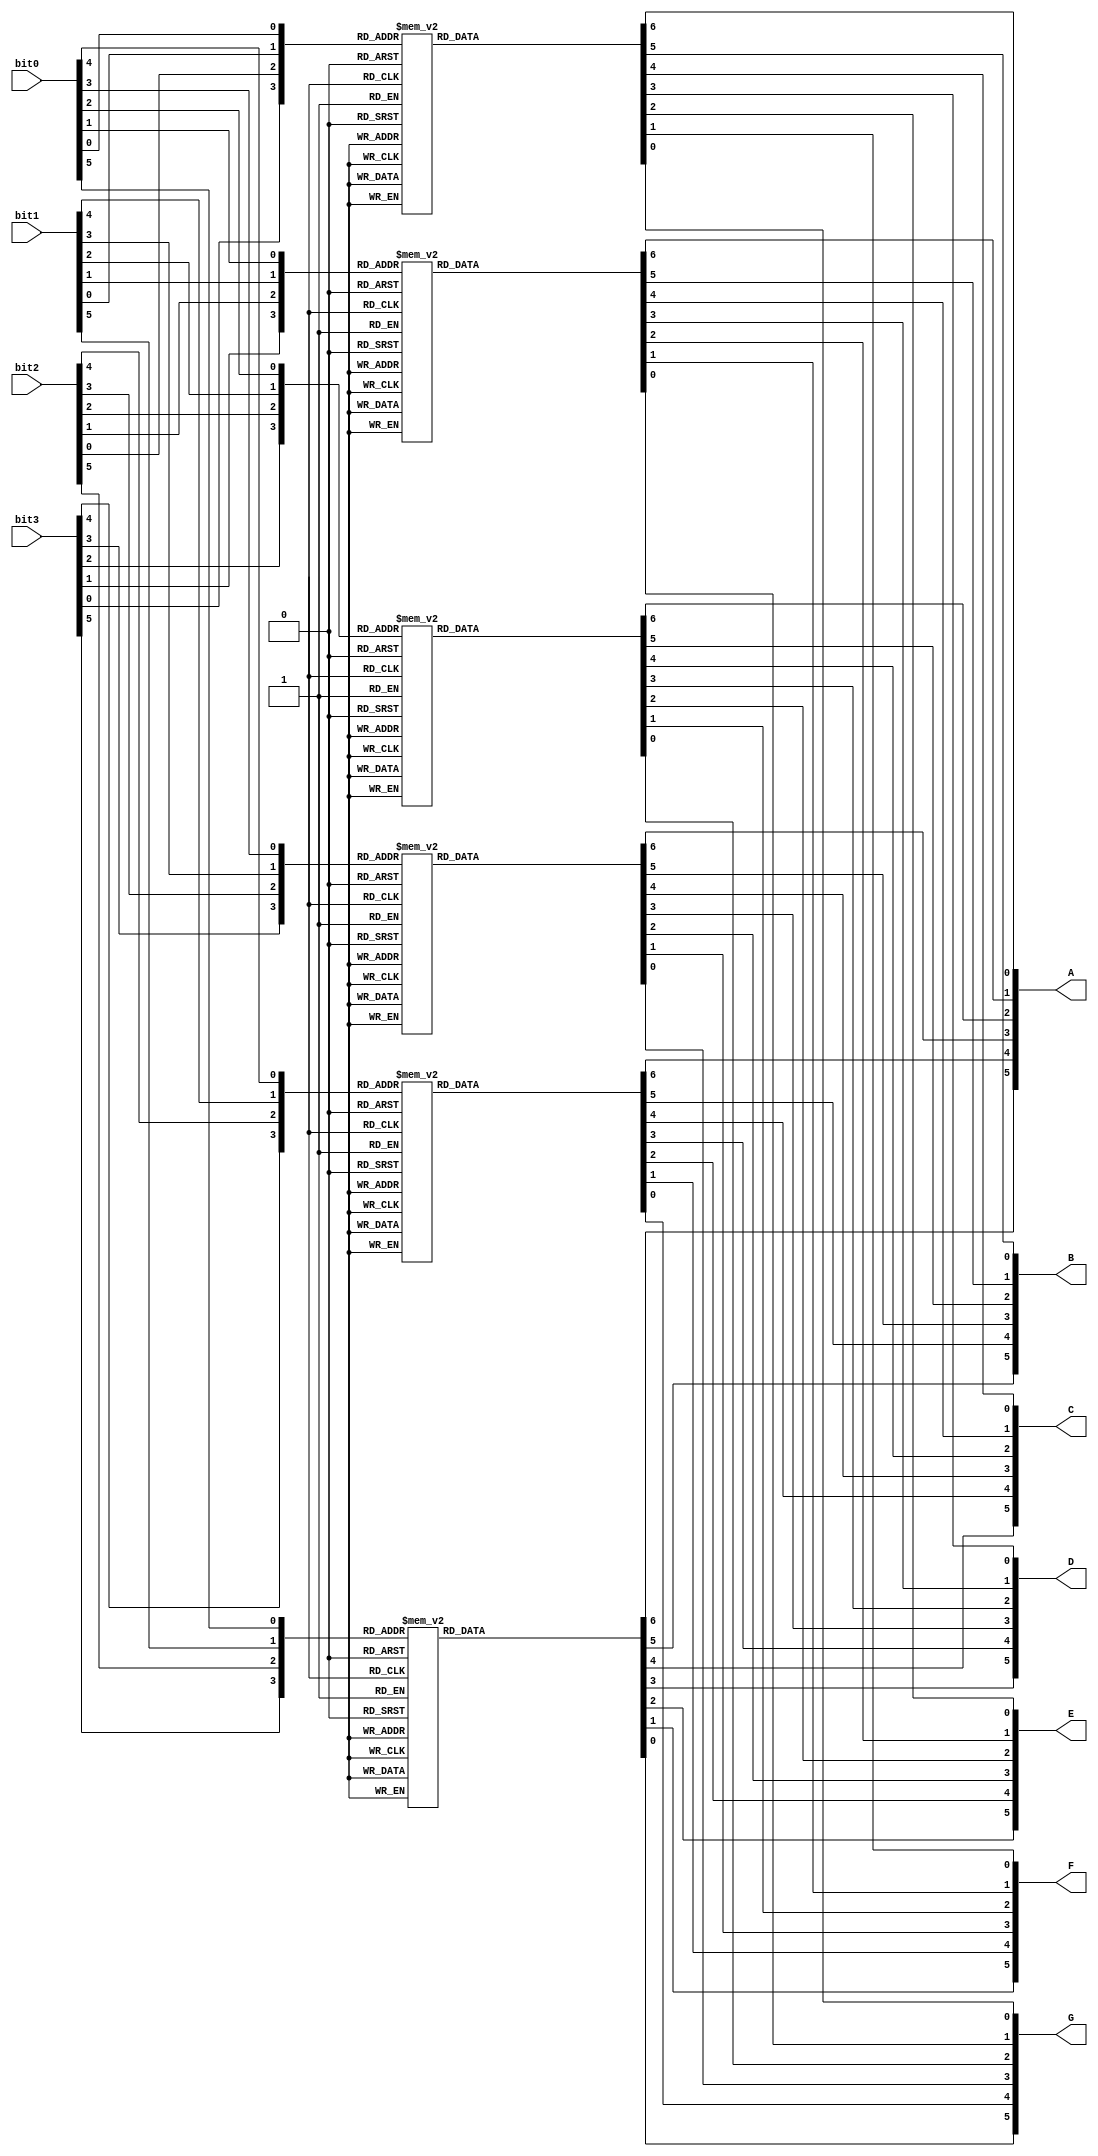
`timescale 1ns / 1ps
//////////////////////////////////////////////////////////////////////////////////
// Company: 
// Engineer: 
// 
// Design Name: 
// Module Name:    decoder 
// Project Name: 
// Target Devices: 
// Tool versions: 
// Description: 
//
// Dependencies: 
//
// Revision: 
// Revision 0.01 - File Created
// Additional Comments: 
//
//////////////////////////////////////////////////////////////////////////////////
module Decoder #(parameter width = 6)(
		input [width-1:0] bit0,
		input [width-1:0] bit1,
		input [width-1:0] bit2,
		input [width-1:0] bit3,
		output reg [width-1:0] A,
		output reg [width-1:0] B,
		output reg [width-1:0] C,
		output reg [width-1:0] D,
		output reg [width-1:0] E,
		output reg [width-1:0] F, 
		output reg [width-1:0] G
    );
genvar i;
generate
for(i = 0; i < width; i = i + 1)
	begin:forloop
		always @(*)
			case({bit3[i], bit2[i], bit1[i], bit0[i]})
				4'd0: {A[i], B[i], C[i], D[i], E[i], F[i], G[i]} = 7'b0000001;
				4'd1: {A[i], B[i], C[i], D[i], E[i], F[i], G[i]} = 7'b1001111;
				4'd2: {A[i], B[i], C[i], D[i], E[i], F[i], G[i]} = 7'b0010010;
				4'd3: {A[i], B[i], C[i], D[i], E[i], F[i], G[i]} = 7'b0000110;
				4'd4: {A[i], B[i], C[i], D[i], E[i], F[i], G[i]} = 7'b1001100;
				4'd5: {A[i], B[i], C[i], D[i], E[i], F[i], G[i]} = 7'b0100100;
				4'd6: {A[i], B[i], C[i], D[i], E[i], F[i], G[i]} = 7'b0100000;
				4'd7: {A[i], B[i], C[i], D[i], E[i], F[i], G[i]} = 7'b0001111;
				4'd8: {A[i], B[i], C[i], D[i], E[i], F[i], G[i]} = 7'b0000000;
				4'd9: {A[i], B[i], C[i], D[i], E[i], F[i], G[i]} = 7'b0000100;
				default {A[i], B[i], C[i], D[i], E[i], F[i], G[i]} = 7'b1111111;
			endcase
	end
endgenerate
endmodule